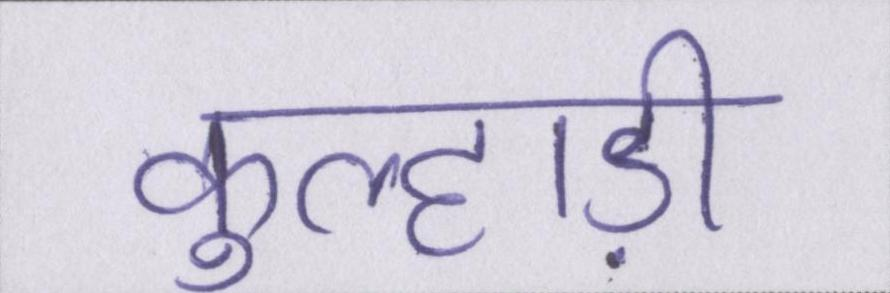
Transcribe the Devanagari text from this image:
कुल्हाड़ी